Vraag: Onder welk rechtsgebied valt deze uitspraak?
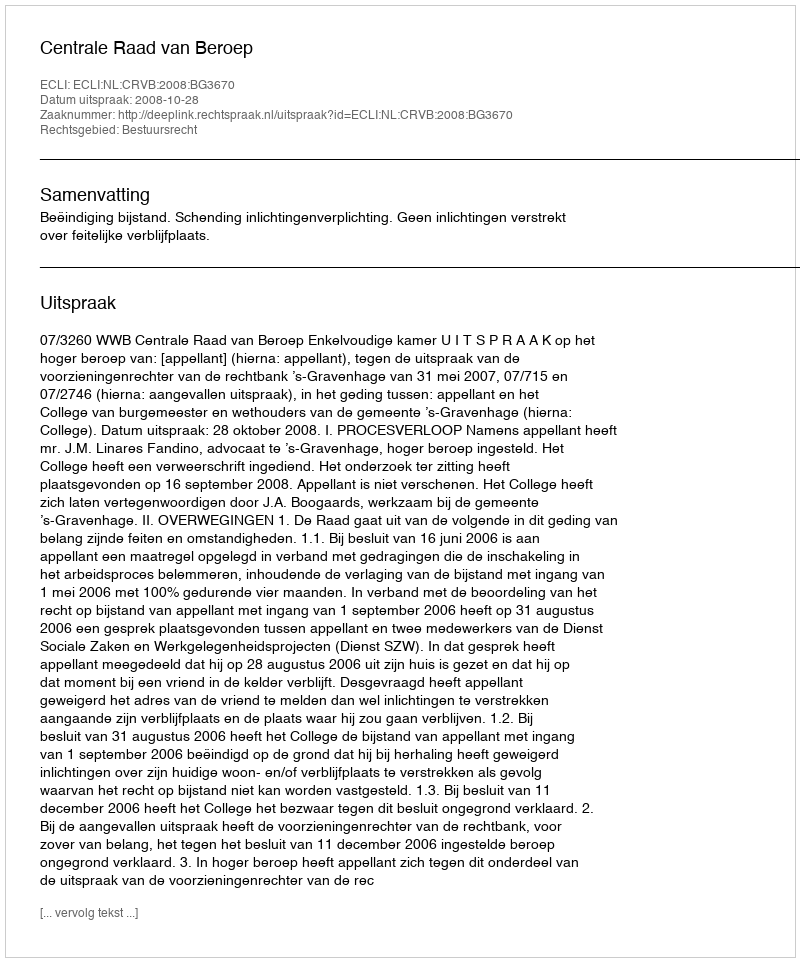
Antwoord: Bestuursrecht